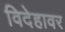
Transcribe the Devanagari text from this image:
विदेहावर